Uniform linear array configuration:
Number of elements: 16
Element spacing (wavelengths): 0.25
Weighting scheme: kaiser
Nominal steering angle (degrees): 0
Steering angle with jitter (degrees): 1.636
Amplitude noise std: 0.05
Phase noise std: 0.05

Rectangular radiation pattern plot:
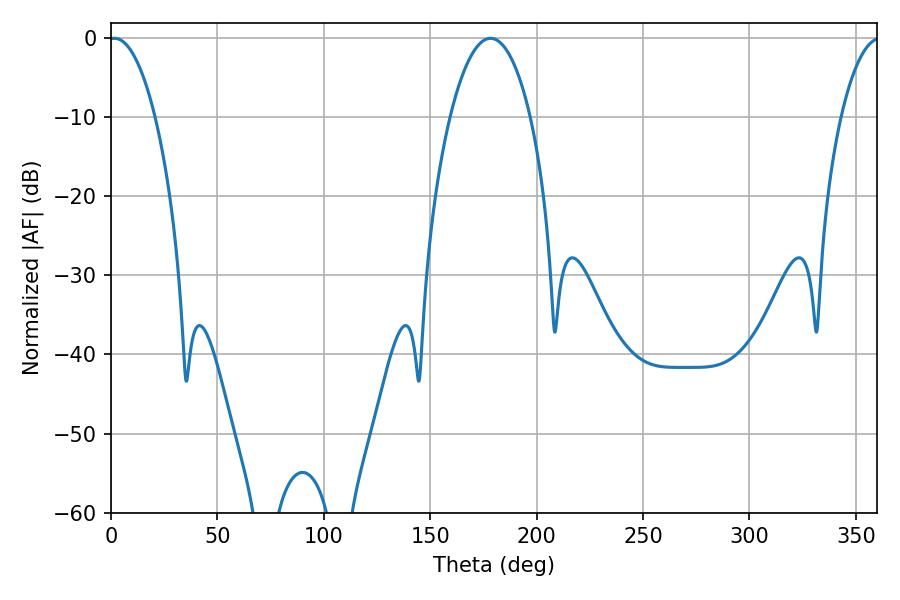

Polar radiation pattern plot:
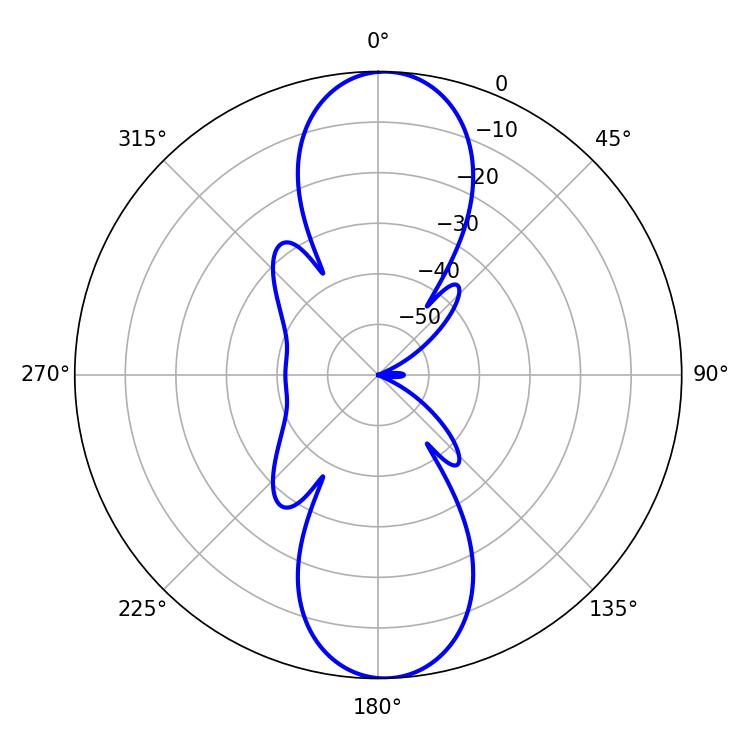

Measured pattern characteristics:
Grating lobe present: FALSE
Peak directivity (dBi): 19.313
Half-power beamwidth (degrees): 12.24
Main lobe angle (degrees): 1.62